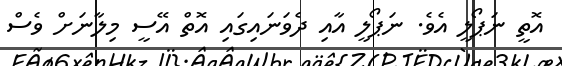
އޮތީ ނަޕޯލީ އެވެ. ނަޕޯލީ އާއި ދެވަނައިގައި އޮތް އޭސީ މިލާނަށް ވެސް